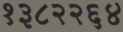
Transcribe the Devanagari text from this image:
१३८२२६४